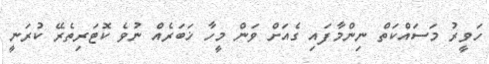
ހަވީރު މަސައްކަތް ނިންމާފައި ގެއަށް ވަން މީހާ ޚަބަރެއް ނުވެ ކޮޓަރިތެރޭ ކުރަނީ